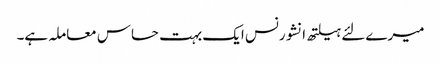
میرے لئے ہیلتھ انشورنس ایک بہت حساس معاملہ ہے۔